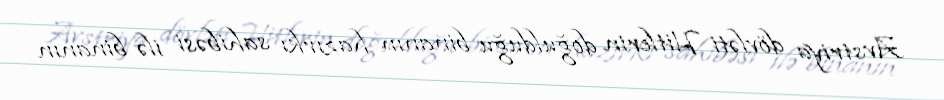
Avstriya dövləti Hitlerin doğulduğu binanın hazırkı sahibəsi ilə binanın